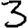
Digit: 3